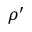
\rho ^ { \prime }